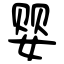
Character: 婴